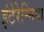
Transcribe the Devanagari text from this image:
इंटेरेम्निया